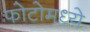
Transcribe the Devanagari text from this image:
फोटोमध्ये